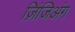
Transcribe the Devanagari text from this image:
ज़िंजिअंग